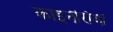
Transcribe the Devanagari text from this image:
काइनेसिया